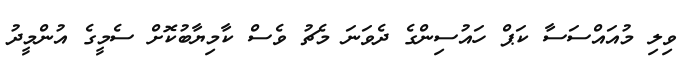
ވިލި މުއައްސަސާ ކަޕް ހައުސިންގެ ދެވަނަ މެޗު ވެސް ކާމިޔާބުކޮށް ސެމީގެ އުންމީދު